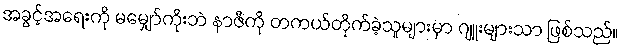
အခွင့်အရေးကို မမျှော်ကိုးဘဲ နာဇီကို တကယ်တိုက်ခဲ့သူများမှာ ဂျူးများသာ ဖြစ်သည်။